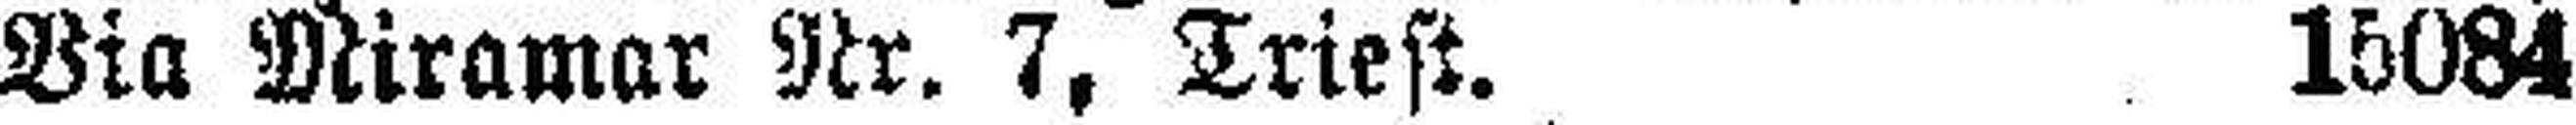
Via Miramar Nr. 7, Triest. 15084